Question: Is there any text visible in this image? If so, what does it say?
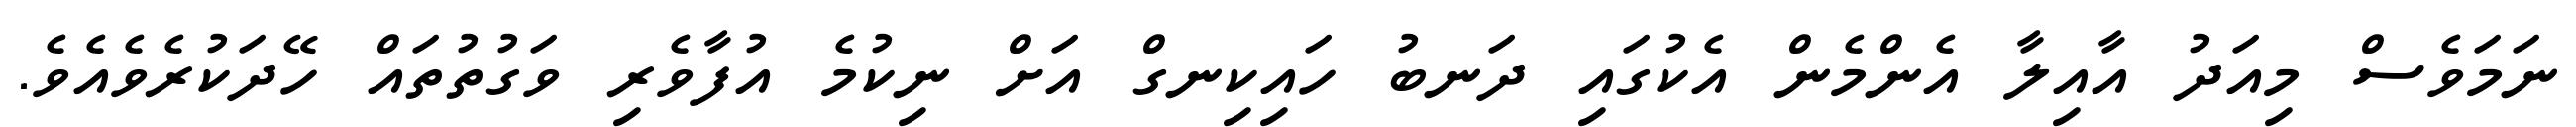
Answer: ނަމަވެސް މިއަދު އާއިލާ އެންމެން އެކުގައި ދަނބު ހައިކިނގް އަށް ނިކުމެ އުފާވެރި ވަގުތުތައް ހޭދަކުރެވެއެވެ.